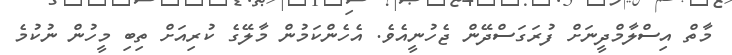
މާތް އިސްލާމްދީނަށް ފުރަގަސްދޭން ޖެހުނީއެވެ. އެހެންކަމުން މާލޭގެ ކުރިއަށް ތިބި މީހުން ނުކުމެ